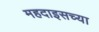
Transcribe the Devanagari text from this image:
महदाइसच्या